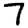
Digit: 7